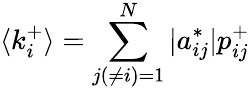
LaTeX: \langle k_{i}^{+}\rangle=\sum_{j(\neq i)=1}^{N}|a_{ij}^{*}|p_{ij}^{+}